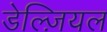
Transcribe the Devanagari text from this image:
डेल्ज़ियल